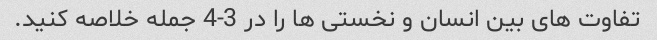
تفاوت های بین انسان و نخستی ها را در 3-4 جمله خلاصه کنید.